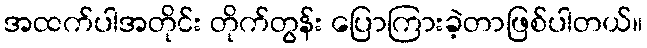
အထက်ပါအတိုင်း တိုက်တွန်း ပြောကြားခဲ့တာဖြစ်ပါတယ်။